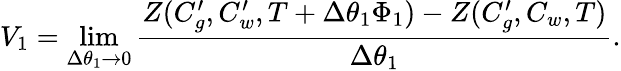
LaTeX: V_{1}=\operatorname*{lim}_{\Delta\theta_{1}\to 0}\frac{Z(C_{g}^{\prime},C_{w}^{\prime},T+\Delta\theta_{1}\Phi_{1})-Z(C_{g}^{\prime},C_{w},T)}{\Delta\theta_{1}}.